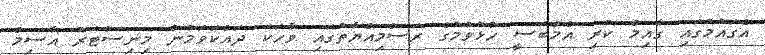
އެގައުމުގައި ގާއިމް ކުރި އެމްބަސީ ހުޅުވުމުގެ ރަސްމިއްޔާތުގައި ވާހަކަ ދައްކަވަމުން މިނިސްޓަރު އާސިމް